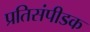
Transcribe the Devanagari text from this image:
प्रतिसंपीडक